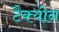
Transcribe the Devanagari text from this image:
टैक्योन